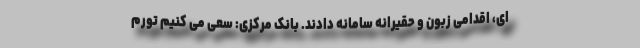
ای، اقدامی زبون و حقیرانه سامانه دادند. بانک مرکزی: سعی می کنیم تورم